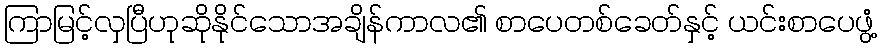
ကြာမြင့်လှပြီဟုဆိုနိုင်သောအချိန်ကာလ၏ စာပေတစ်ခေတ်နှင့် ယင်းစာပေဖွံ့